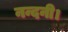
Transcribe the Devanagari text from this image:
नन्दनी।